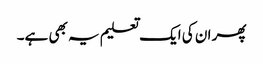
پھر ان کی ایک تعلیم یہ بھی ہے۔